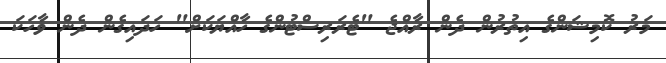
މަރު ކޮމިޝަންގެ އިތުރުން ދެން ރާއްޖެ "ޓެރަރިސްޓުންގެ ހާއްޔަކަށް" ހަދައިގެން ދެން ވާހަކަ